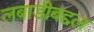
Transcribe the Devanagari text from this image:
लबाडीबद्दल